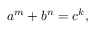
a ^ { m } + b ^ { n } = c ^ { k } ,